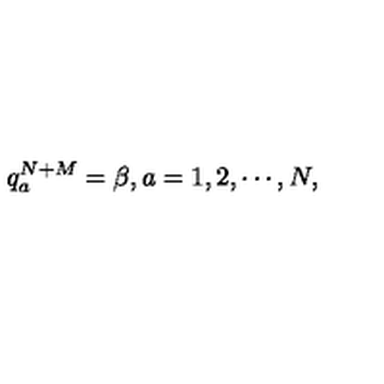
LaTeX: q _ { a } ^ { N + M } = \beta , a = 1 , 2 , \cdots , N ,